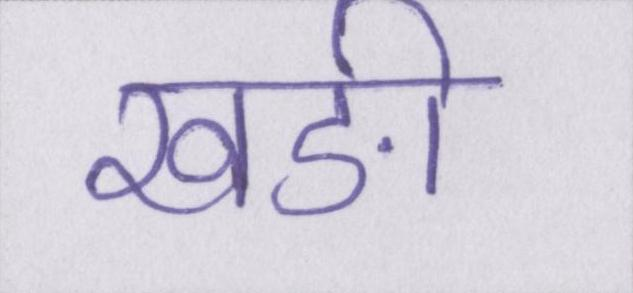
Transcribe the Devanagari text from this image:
खङी